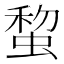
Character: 䖿